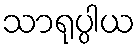
သာရုပ္ပါယ